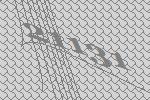
21131